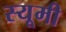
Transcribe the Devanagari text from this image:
स्यूमी